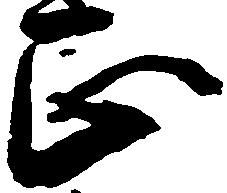
正